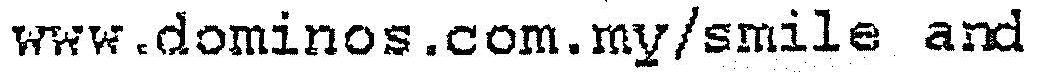
WWW.DOMINOS.COM.MY/SMILE AND